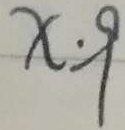
x : 9